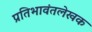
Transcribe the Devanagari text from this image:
प्रतिभावंतलेखक